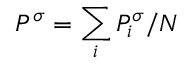
P ^ { \sigma } = \sum _ { i } P _ { i } ^ { \sigma } / N